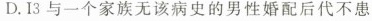
D.Ⅰ3与一个家族无该病史的男性婚配后代不患